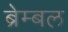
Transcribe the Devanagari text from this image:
ब्रेम्बल